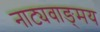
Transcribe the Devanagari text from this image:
नाट्यवाङ्‌मय